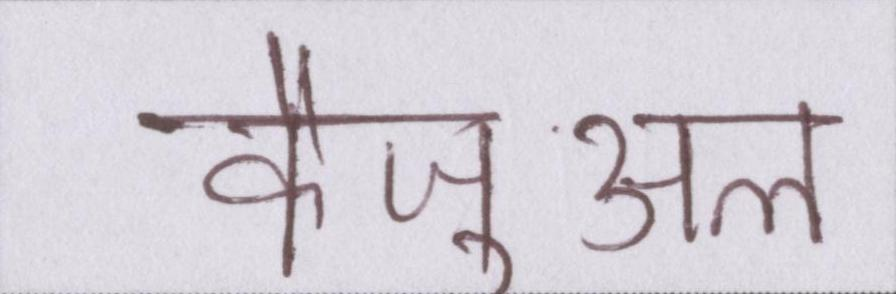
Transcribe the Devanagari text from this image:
कैज़ुअल